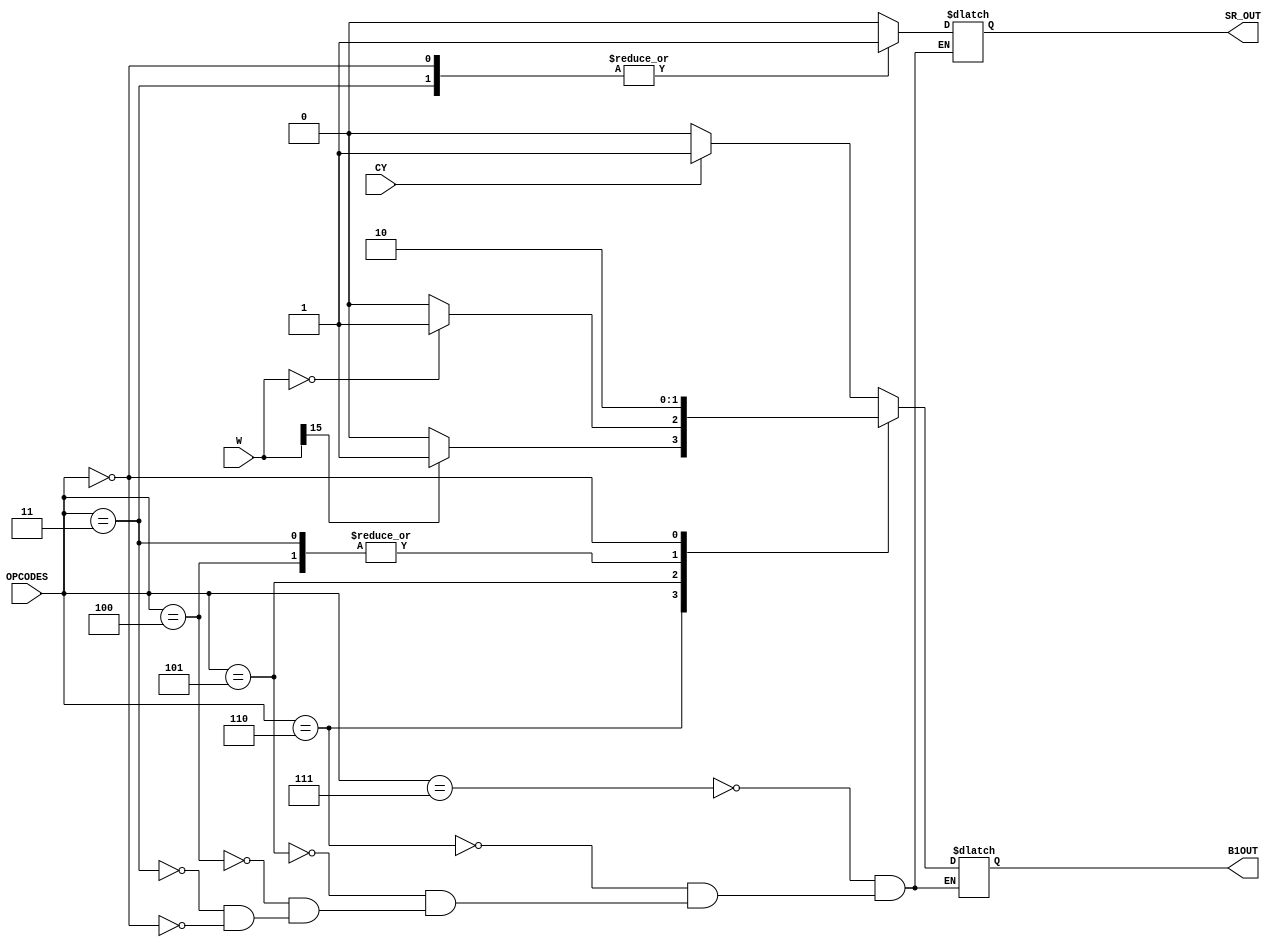
module Block1
(
	input[2:0] OPCODES, //B13...B11
	input CY,
	input[15:0] W,
	output reg B1OUT,
	output reg SR_OUT		//Subrutina
);

	always @ (OPCODES, CY, W) begin
	
		case(OPCODES)
			3'b111: 	begin //JCY X
							if(CY) begin
								B1OUT <= 1;
								SR_OUT <=	0;
							end else begin
								B1OUT <= 0;
								SR_OUT <=	0;
							end
						end
			3'b110: 	begin //JNE X 
							if(W[15] == 1) begin //MSB representa al signo del valor guardado en W.
								B1OUT <= 1; //Salta si W vale uno.
								SR_OUT <=	0;
							end else begin
								B1OUT <= 0;	
								SR_OUT <=	0;
							end
						end
			3'b101: 	begin //JZE X
							if(W == 0) begin //Salta si W vale cero. 
								B1OUT <= 1;
								SR_OUT <=	0;
							end else begin
								B1OUT <= 0;
								SR_OUT <=	0;
							end
						end
			3'b100: 	begin //JMP X
							B1OUT <= 1;		
							SR_OUT <=	0;
						end
			3'b011: 	begin //BSR S
							B1OUT <= 1;
							SR_OUT <=	1;
						end
			3'b000: 	begin //RET
							B1OUT <= 0;
							SR_OUT <= 1;
						end
		endcase
	end 
endmodule